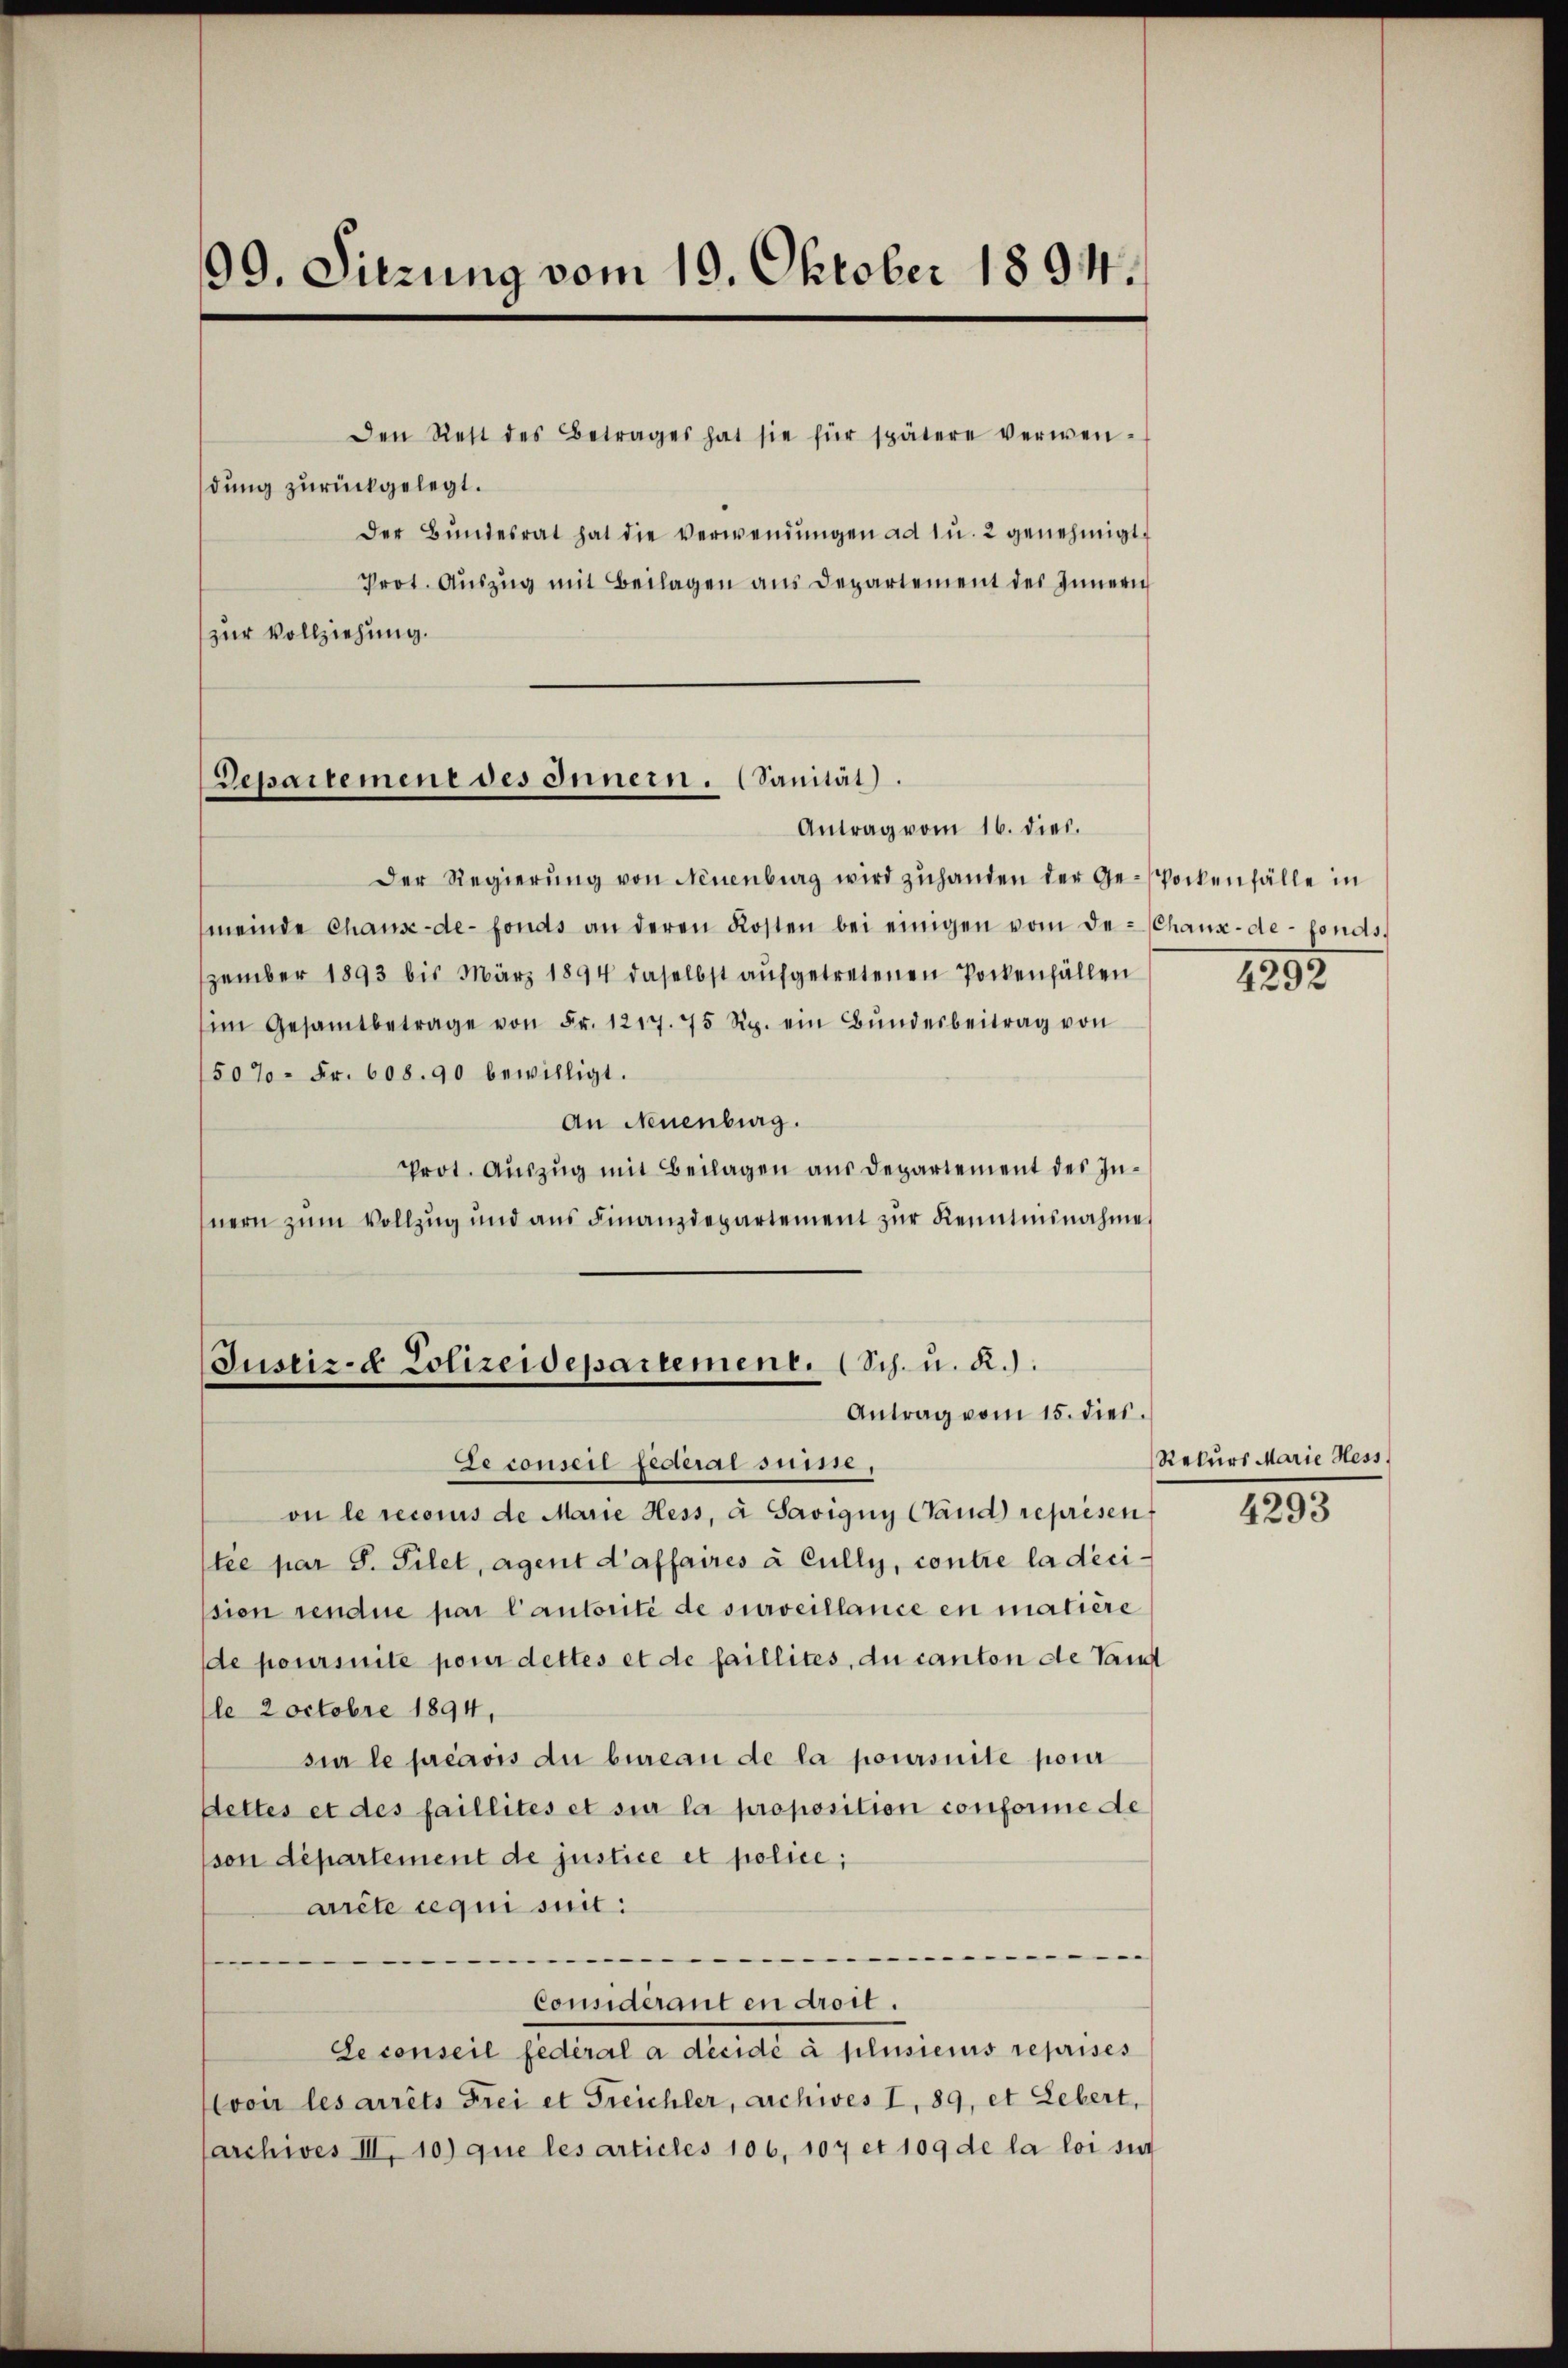
99. Sitzung vom 19. Oktober 1894.

den Rett des Betrages hat sie für spätere verwen-
dung zurückgelegt.
Der Bŭndesrat hat die verwendŭngen ad u. 2 genehmigt.
Prot. Aŭszŭg mit Beilagen aus Departement des Innern
zur Vollziehung.

Departemene des Innern. (Sanität).
Antrag vom 16. dies.

Der Regierŭng von Neuenburg wird zŭhanden der Ge-Pockenfälle in
meinde Chause-de-Fonds an deren Kosten bei einigen vom de Chaux-de-Fonds.
zember 1893 bis März 1894 daselbst aŭfgetretenen Pockenfällen
im Gesamtbetrage von Fr. 1217. 75 Rp. ein Bŭndesbeitrag von
50% = Fr. 608. 90 bewilligt.
An Neuenburg.
Prot. Auszug mit Beilagen aus Departement des Innern zum Vollzug und aus Finanzdepartement zŭr Kenntnisnahme

Justiz- & Polizeidepartement. (Sch. u. R.).
Antrag vom 15. dies

Seconseil jederai suite,
on le reconus de Marie Hess, à Savigny Stand représen
tée par S. Filet, Agent d’affaires à Cully, contre la déci-
sion rendue par l’autorité de surveillance en matière
de poursuite pour dettes et de faillites, du canton de Tant
(le 2 octobre 1894,
sia le préavis du bureau de la poursuite pour
Settes et des faillités et sie la proposition conforme de
son département de justice et police;
arrête requi suit:
.
—
Considérant en droit.
Le conseil fédéral a décidé à plusieurs reprises
voir les arrêts Frei et Freichler, archives I, 89, et Lebert,
sarchives III, 10) que les articles 106, 107 et 109 de la loi sin

4292

Rekurs Marie Hess

4293